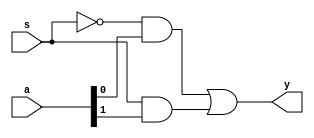
`timescale 1ns / 1ps
//////////////////////////////////////////////////////////////////////////////////
// Company: 
// Engineer: 
// 
// Design Name: 
// Module Name: mux21_s
// Project Name: 
// Target Devices: 
// Tool Versions: 
// Description: 
// 
// Dependencies: 
// 
// Revision:
// Revision 0.01 - File Created
// Additional Comments:
// 
//////////////////////////////////////////////////////////////////////////////////


module mux21_s(
    input [1:0] a,
    input s,
    output y
    );
wire t1,t2,t3;
not w1(t1,s);
and w2(t2,t1,a[0]);
and w3(t3,s,a[1]);
or w4(y,t2,t3);    
endmodule